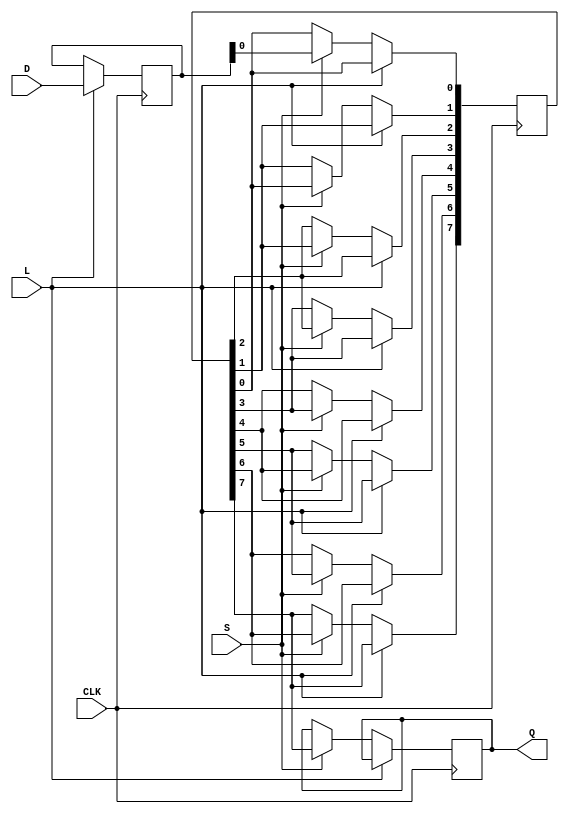
module TwoStagePISO #(
    parameter N = 8  // Number of parallel input bits
)(
    input wire [N-1:0] D,  // Parallel input data
    input wire L,          // Load signal
    input wire S,          // Shift signal
    input wire CLK,        // Clock signal
    output reg Q           // Serial output
);

    // Internal registers for the two stages
    reg [N-1:0] stage1;    // First stage to hold parallel data
    reg [N-1:0] stage2;    // Second stage for shifting out data
    integer i;             // Loop variable

    always @(posedge CLK) begin
        if (L) begin
            // Load data into stage 1
            stage1 <= D;
        end else if (S) begin
            // Shift data from stage 1 to stage 2
            stage2 <= stage1;
            // Shift out the most significant bit from stage 2
            Q <= stage2[N-1];
            // Shift stage2 left for the next clock cycle
            for (i = N-1; i > 0; i = i - 1) begin
                stage2[i] <= stage2[i-1];
            end
        end
    end

    // Initialize output Q to 0
    initial begin
        Q = 0;
        stage1 = 0;
        stage2 = 0;
    end

endmodule